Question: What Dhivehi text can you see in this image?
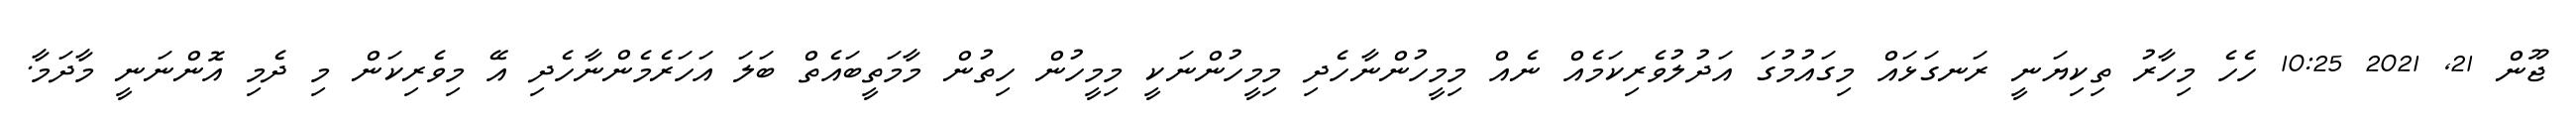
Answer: ޖޫން 21, 2021 10:25 ހެހެ މިހާރު ތިކިޔަނީ ރަނގަޅައް މިގައުމުގަ އަދުލުވެރިކަމެއް ނެއް މިމީހުންނާހެދި މިމީހުންނަކީ މިމީހުން ހިތުން މާމަތީބައެތް ބަލަ އަހަރެމެންނާހެދި އޭ މިވެރިކަން މި ދެމި އޮންނަނީ މާދަމާ.